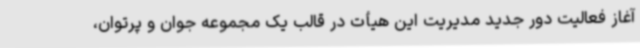
آغاز فعالیت دور جدید مدیریت این هیأت در قالب یک مجموعه جوان و پرتوان،